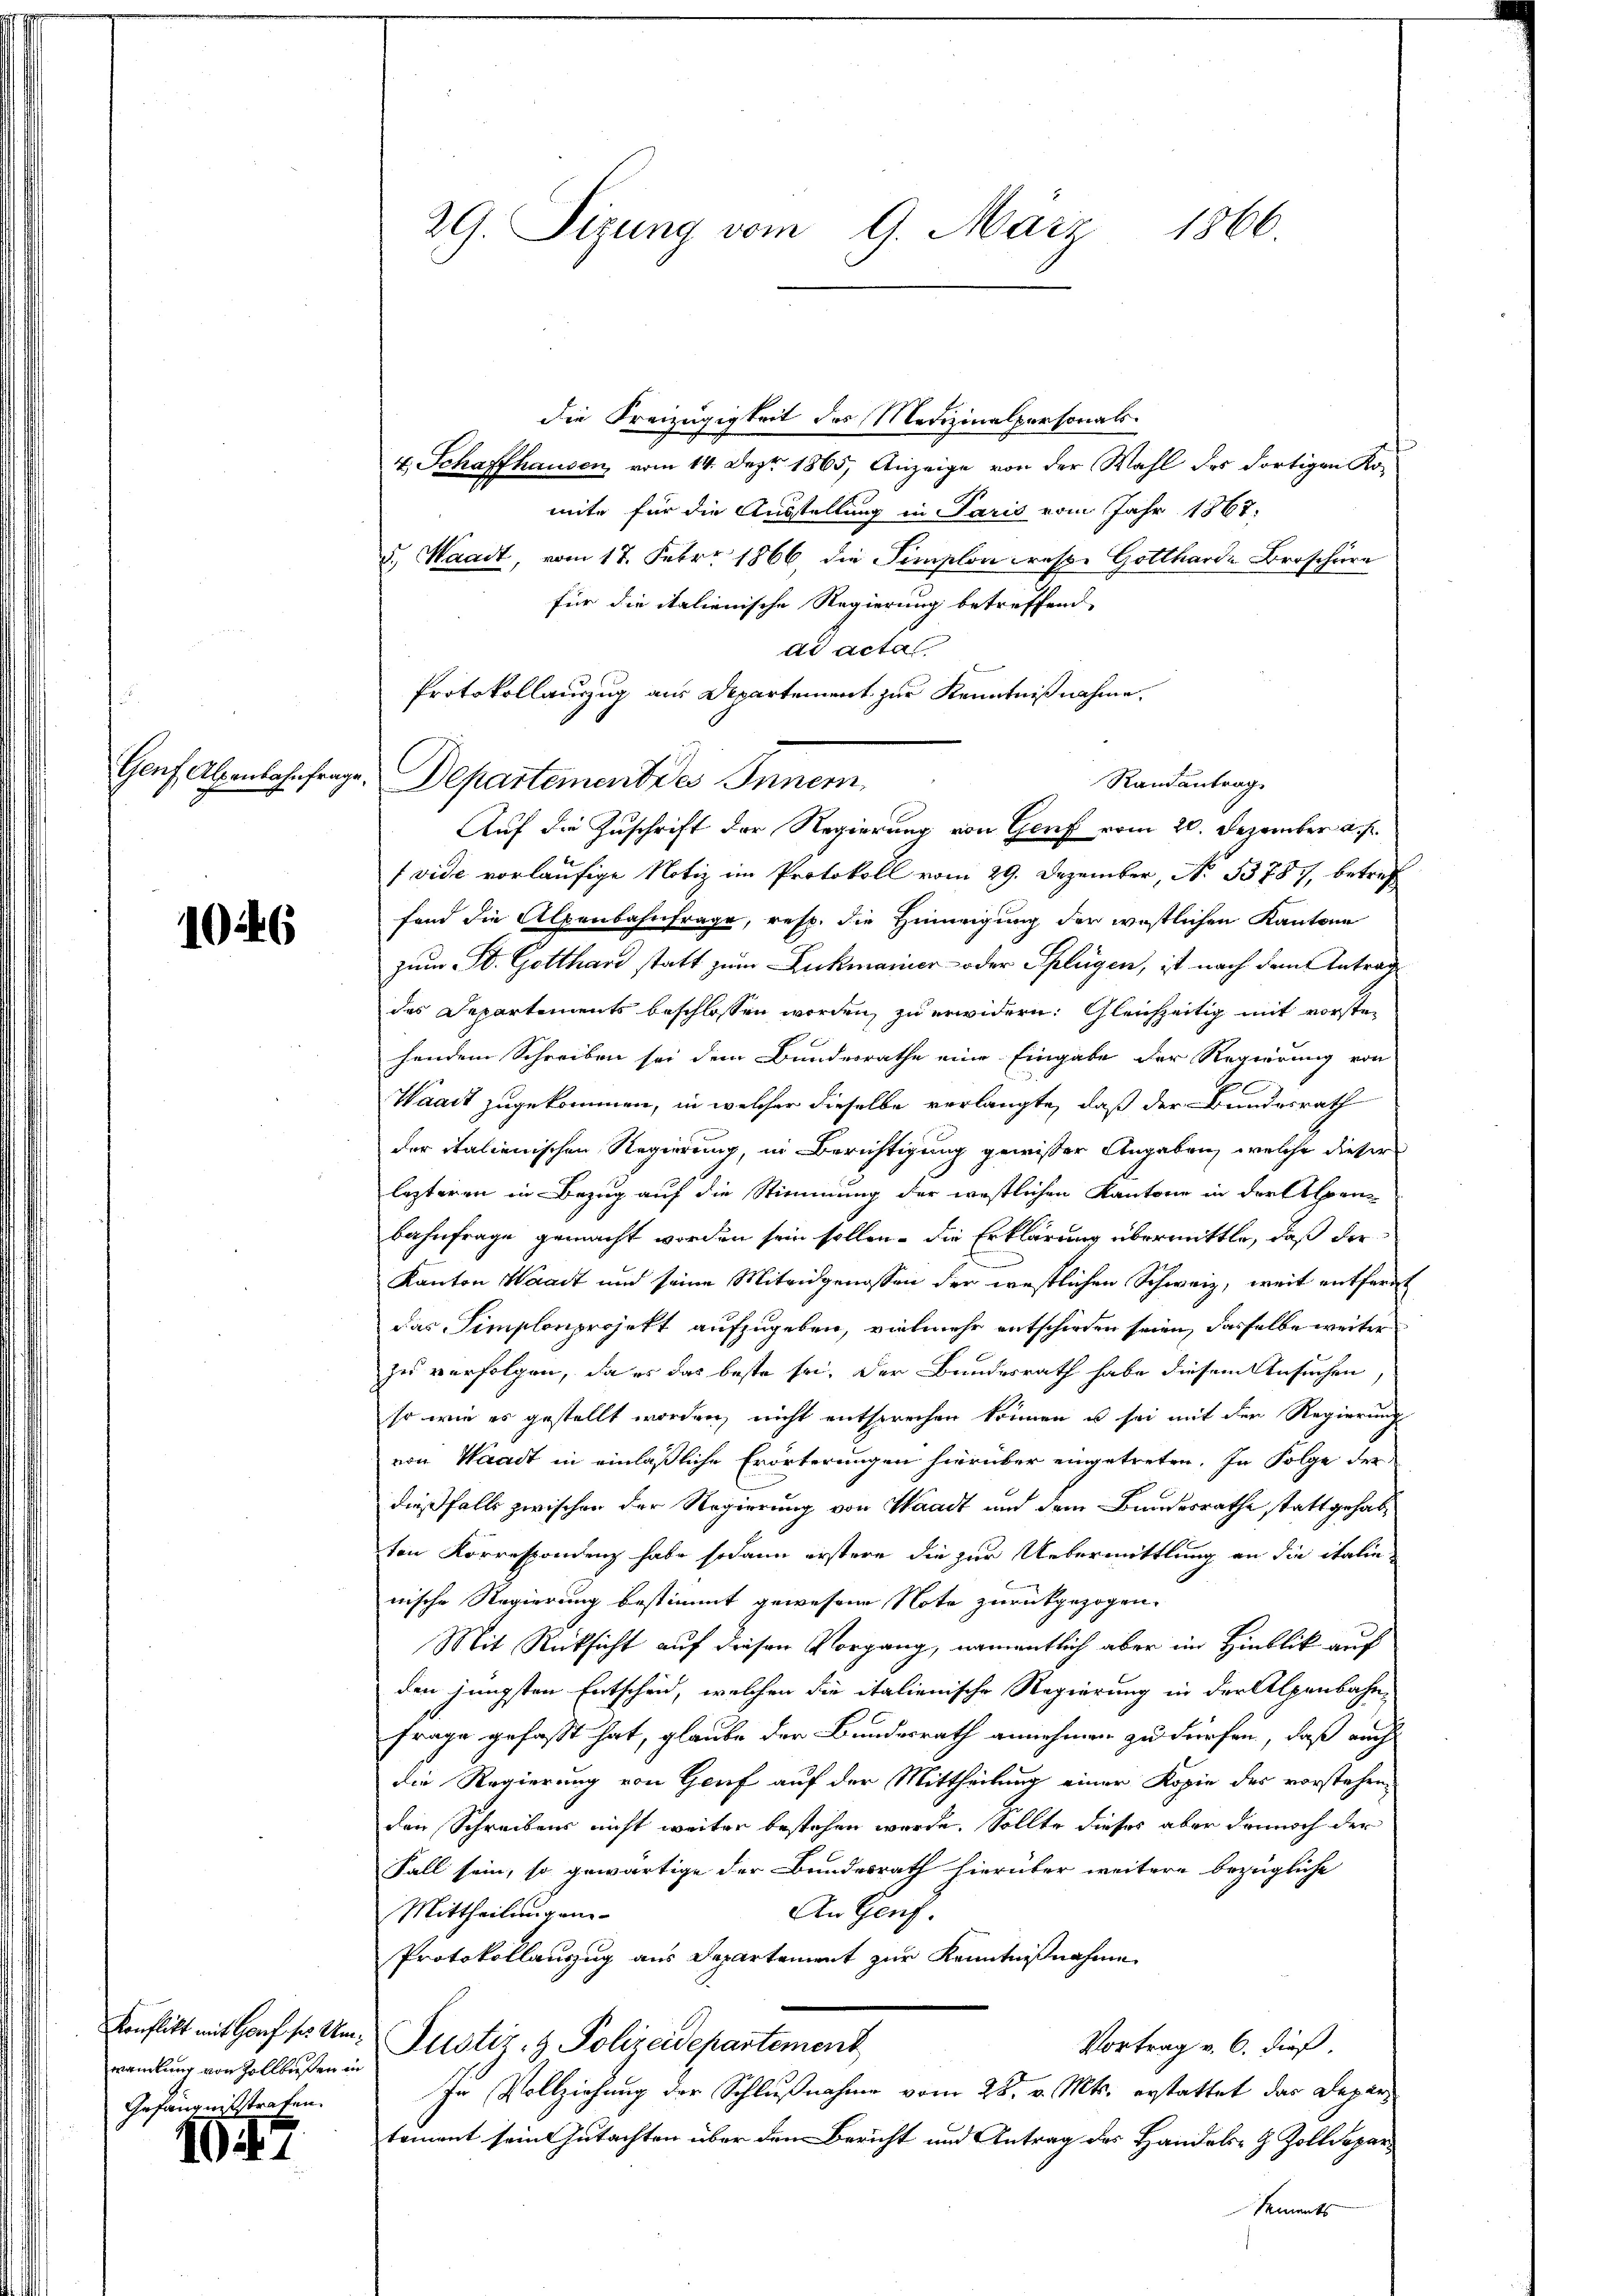
10.

10246

wandlung von Zollbüßen in
Gefängnißstrafen.

.

29. Sizung vom 9. März.
1866

4. Schaffhausen vom 14. Dez. 1865, Anzeige von der Wahl des dortigen Ko-
mite für die Ausstellung in Paris vom Jahr 1867.
u. Waadt, vom 17. Febr. 1866 die Simplon respe Gotthard Broschüre
für die italienische Regierung betreffend. |
ad actal.
Protokollauszug aus Departement zur Kenntnißnahme.
Genf Alpenbahnfrage: Departement des Innern
Randantrag
Auf die Zuschrift der Regierung von Genf vom 20. Dezember a. f.
 vide vorläufige Notiz im Protokoll vom 29. Dezember, N. 3378), betref
fand die Alpenbahnfrage, resp. die Hinweigung der westlichen Kantone
zum St. Gotthard statt zum Lukmanier- oder Splügen, ist nach dem Antrag
des Departements beschlossen worden, zu erwidern. Gleichzeitig mit vorsten
hendem Schreiben sei dem Bundesrathe eine Eingabe der Regierung von
J
Waadt zugekommen, in welcher dieselbe verlangte, daß der Bundesrath
der italienischen Regierung, in Berichtigung gewisser Angaben, welche dieser
lezteren in Bezug auf die Stimmung der westlichen Kantone in der Alpen¬
Bahnfrage gemacht worden sein sollen. Die Erklärung übermittle, daß der
Kanton Waadt und seine Miteidgenossen der westlichen Schweiz, weit entfernt
das Simplenprojekt aufzugeben, vielmehr entschieden seien, dasselbe weiter
zu verfolgen, da es das beste sei, der Bundesrath habe diesem Ansuchen,
so wie es gestellt worden, nicht entsprechen können u sei mit der Regierung
von Waadt in einläßliche Erörterungen hierüber eingetreten. In Folge der
dießfalls zwischen der Regierung von Waadt und dem Bundesrathe stattgehabten Korrespondenz habe sodann erstere die zur Uebermittlung an die italie
nische Regierung bestimmt gewesene Note zurückgezogen.
Mit Rücksicht auf diesen Vorgang, namentlich aber im Hinblik auf
den jüngsten Entscheid, welchen die italienische Regierung in der Alpenbahnfrage gefaßt hat, glaube der Bundesrath annehmen zu dürfen, daß auch
die Regierung von Genf auf der Mittheilung einer Kopie des vorstehen
den Schreibens nicht weiter bestehen wurde, Sollte dieses aber dennoch der
Fall sein, so gewärtige der Bundesrath hierüber weitere bezügliche
An Genf
Mittheilungen
Protokollauszug aus Departement zur Kenntnißnahme
Konflikt mit Hof der Um- Justiz- & Polizeidepartement
Vortrag v. 6. dieß.
In Vollziehung der Schlußnahme vom 28. v. Mts. erstattet das Departoment sein Gutachten über den Bericht und Antrag der Handels- & Zolldepar¬
Sements

die Kreizügigkeit des Medizinalpersonals.